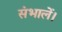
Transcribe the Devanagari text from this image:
संभालें।